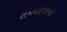
રાયધણજીનો